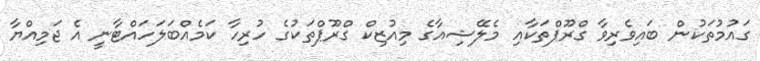
ގައުމުތަކުން ބައިވެރިވާ ގްރޫޕްތަކާއި މެލޭޝިއާގެ މިއުޒިކް ގްރޫޕްތަކުގެ ހުރިހާ ކަމެއްބަލަހައްޓާނީ އެ ޖަމިއްޔާ